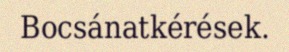
Bocsánatkérések.